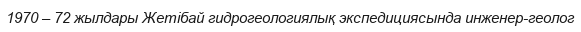
1970 – 72 жылдары Жетібай гидрогеологиялық экспедициясында инженер-геолог